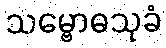
သမ္ဗောဓသုခံ